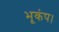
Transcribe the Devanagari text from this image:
भूकंप।